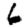
Digit: 6